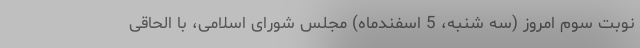
نوبت سوم امروز (سه شنبه، 5 اسفندماه) مجلس شورای اسلامی، با الحاقی